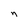
Character: n